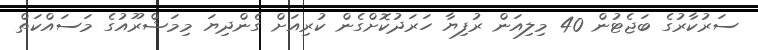
ސަރުކާރުގެ ބަޖެޓުން 40 މިލިއަން ރުފިޔާ ހަރަދުކޮށްގެން ކުރިއަށް ގެންދިޔަ މިމަޝްރޫއުގެ މަސައްކަތް